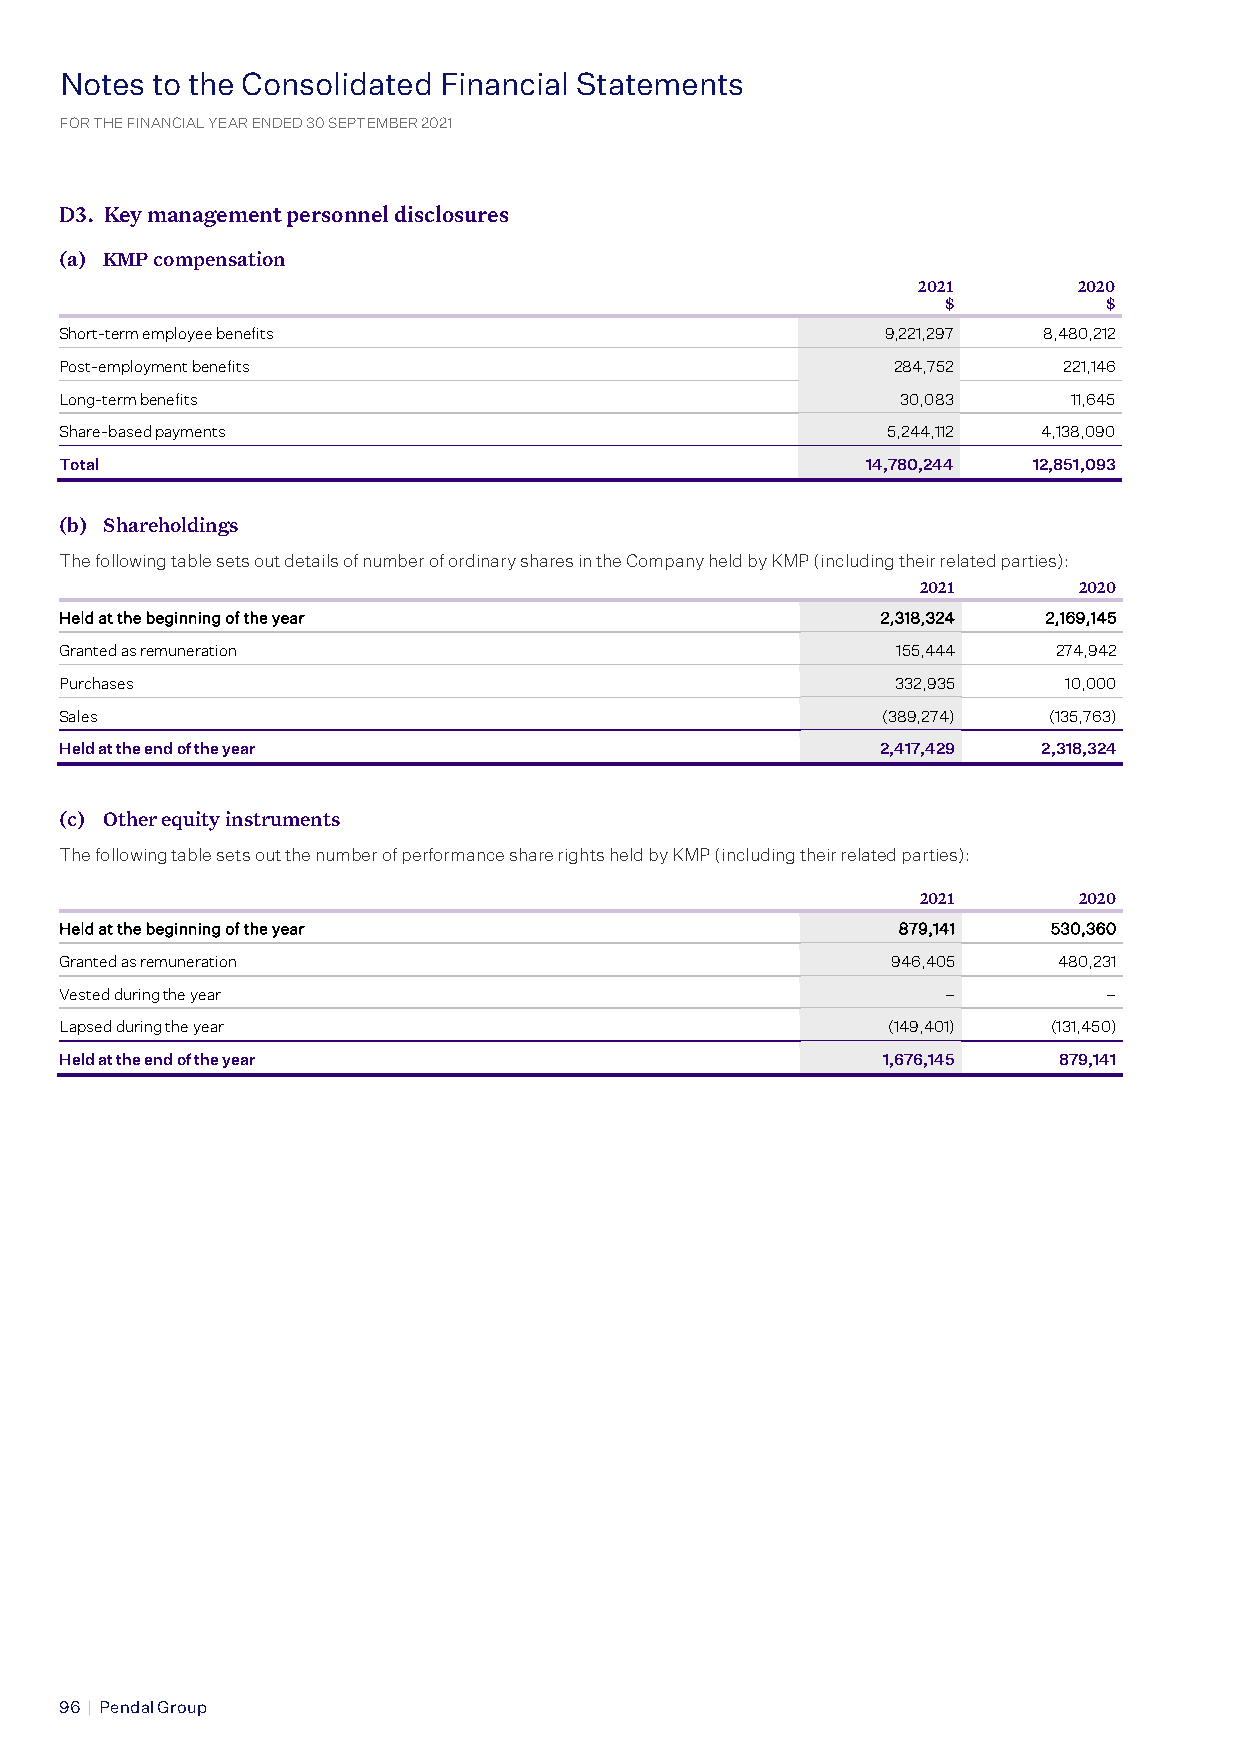
Notes to the Consolidated Financial Statements
 Notes to the Consolidated Financial Statements
 FOR THE FINANCIAL YEAR ENDED 30 SEPTEMBER 2021
 FOR THE FINANCIAL YEAR ENDED 30 SEPTEMBER 2021
 D3. Key management personnel disclosures
 (a) KMP compensation
 2021      2020
 $         $
 Short-term employee benefits                           9,221,297 8,480,212
 Post-employment benefits                               284,752    221,146
 Long-term benefits                                      30,083     11,645
 Share-based payments                                   5,244,112 4,138,090
 Total                                                14,780,244 12,851,093
 (b) Shareholdings
 The following table sets out details of number of ordinary shares in the Company held by KMP (including their related parties):
 2021      2020
 HHeelldd aatt tthhee bbeeggiinnnniinngg ooff tthhee yyeeaarr 22,,331188,,332244 22,,116699,,114455
 Granted as remuneration                                155,444    274,942
 Purchases                                              332,935    10,000
 Sales                                                 (389,274)  (135,763)
 Held at the end of the year                           2,417,429  2,318,324
 (c) Other equity instruments
 The following table sets out the number of performance share rights held by KMP (including their related parties):
 2021      2020
 HHeelldd aatt tthhee bbeeggiinnnniinngg ooff tthhee yyeeaarr 887799,,114411 553300,,336600
 Granted as remuneration                                946,405    480,231
 Vested during the year                                     –         –
 Lapsed during the year                                 (149,401)  (131,450)
 Held at the end of the year                           1,676,145   879,141
 96 | Pendal Group